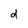
Character: d